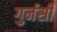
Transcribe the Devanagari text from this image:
गुर्नसी